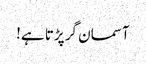
آسمان گر پڑتا ہے!